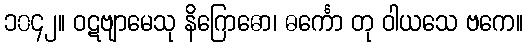
၁၀၄၂။ ဝဋဗျာမေသု နိဂြောဓော၊ ဓင်္ကော တု ဝါယသေ ဗကေ။